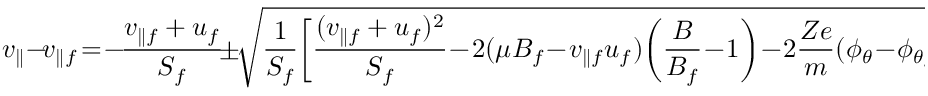
v _ { \parallel } - \! v _ { \parallel f } \! = \! - \! \frac { v _ { \parallel f } + u _ { f } } { S _ { f } } \! \pm \! \sqrt { \frac { 1 } { S _ { f } } \! \left[ \frac { ( v _ { \parallel f } + u _ { f } ) ^ { 2 } } { S _ { f } } \! - \! 2 ( \mu B _ { f } \! - \! v _ { \parallel f } u _ { f } ) \! \left( \frac { B } { B _ { f } } \! - \! 1 \right) \! - \! 2 \frac { Z e } { m } ( \phi _ { \theta } \! - \! \phi _ { \theta f } ) \right] } .